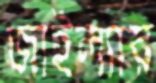
জাইল্যার